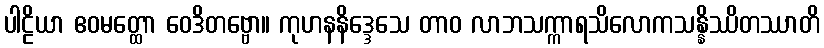
ပါဠိယာ ဧဝမတ္ထော ဝေဒိတဗ္ဗော။ ကုဟနနိဒ္ဒေသေ တာဝ လာဘသက္ကာရသိလောကသန္နိဿိတဿာတိ